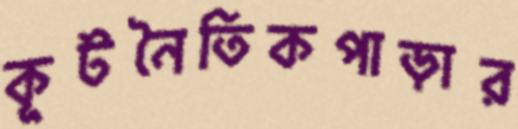
কূটনৈতিকপাড়ার